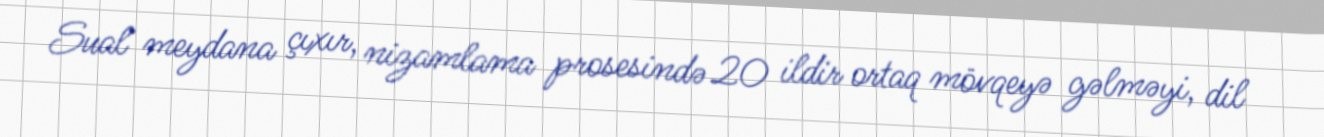
Sual meydana çıxır, nizamlama prosesində 20 ildir ortaq mövqeyə gəlməyi, dil